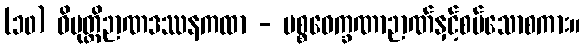
(၁၀) ဝိမုတ္တိဉာဏဒဿနကထာ - ပစ္စဝေက္ခဏာဉာဏ်နှင့်စပ်သောစကား။